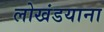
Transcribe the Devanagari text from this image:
लोखंडयाना